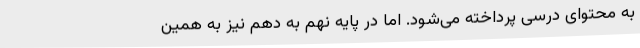
به محتوای درسی پرداخته می‌شود. اما در پایه نهم به دهم نیز به همین